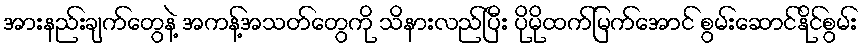
အားနည်းချက်တွေနဲ့ အကန့်အသတ်တွေကို သိနားလည်ပြီး ပိုမိုထက်မြက်အောင် စွမ်းဆောင်နိုင်စွမ်း